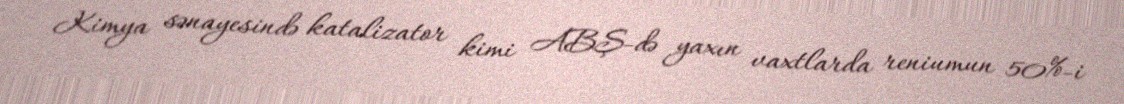
Kimya sənayesində katalizator kimi ABŞ-də yaxın vaxtlarda reniumun 50%-i